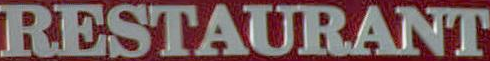
RESTAURANT